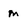
Character: m